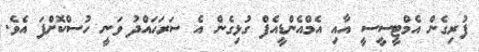
ފުރިގެން އެމްޓީސީސީ އާއި އެމްއެންޑީއެފް ގުޅިގެން އެ ސަރަހައްދު ވަނީ ހުސްކޮށްފަ އެވެ.